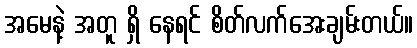
အမေနဲ့ အတူ ရှိ နေရင် စိတ်လက်အေးချမ်းတယ်။